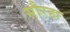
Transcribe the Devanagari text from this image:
सौरहा